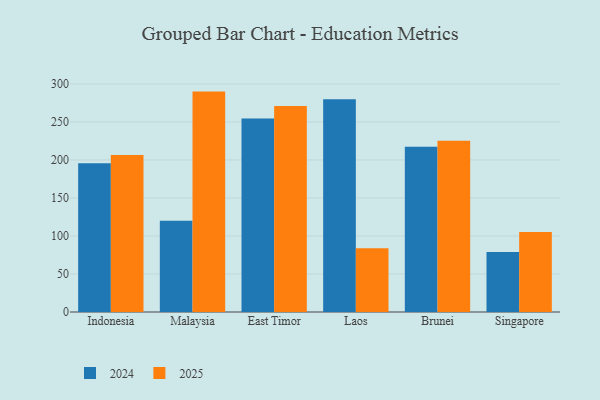
{"axis": {"x": "Country", "y": "Energy Usage (MWh)"}, "legend": ["2024", "2025"], "data": [{"x": "Indonesia", "y": 195.5, "type": "2024"}, {"x": "Indonesia", "y": 206.6, "type": "2025"}, {"x": "Malaysia", "y": 119.9, "type": "2024"}, {"x": "Malaysia", "y": 289.9, "type": "2025"}, {"x": "East Timor", "y": 254.6, "type": "2024"}, {"x": "East Timor", "y": 271.1, "type": "2025"}, {"x": "Laos", "y": 279.9, "type": "2024"}, {"x": "Laos", "y": 83.7, "type": "2025"}, {"x": "Brunei", "y": 217.3, "type": "2024"}, {"x": "Brunei", "y": 225.3, "type": "2025"}, {"x": "Singapore", "y": 78.9, "type": "2024"}, {"x": "Singapore", "y": 105.3, "type": "2025"}]}